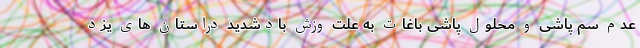
عدم سم پاشی و محلول پاشی باغات به علت وزش بادشدید دراستان های یزد